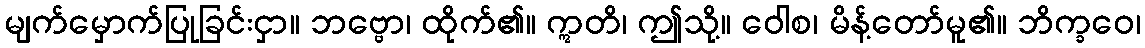
မျက်မှောက်ပြုခြင်းငှာ။ ဘဗ္ဗော၊ ထိုက်၏။ ဣတိ၊ ဤသို့။ ဝေါစ၊ မိန့်တော်မူ၏။ ဘိက္ခဝေ၊